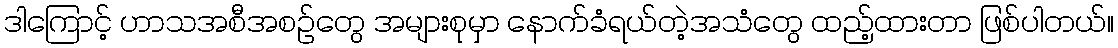
ဒါကြောင့် ဟာသအစီအစဉ်တွေ အများစုမှာ နောက်ခံရယ်တဲ့အသံတွေ ထည့်ထားတာ ဖြစ်ပါတယ်။